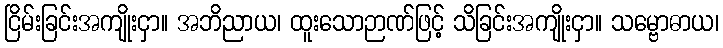
ငြိမ်းခြင်းအကျိုးငှာ။ အဘိညာယ၊ ထူးသောဉာဏ်ဖြင့် သိခြင်းအကျိုးငှာ။ သမ္ဗောဓာယ၊